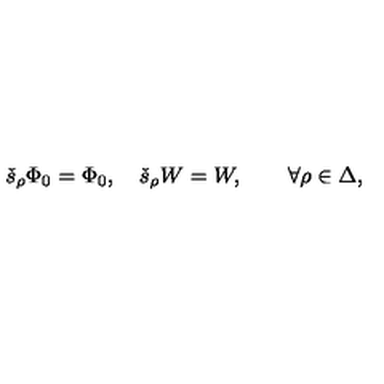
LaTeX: \check { s } _ { \rho } \Phi _ { 0 } = \Phi _ { 0 } , \quad \check { s } _ { \rho } W = W , \qquad \forall \rho \in \Delta ,